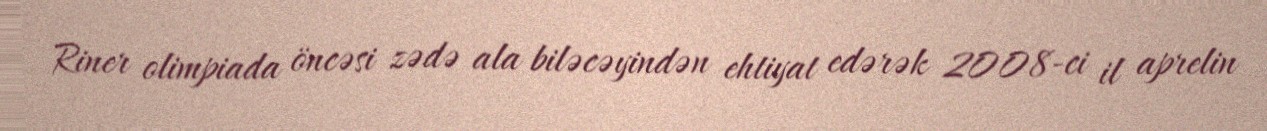
Riner olimpiada öncəsi zədə ala biləcəyindən ehtiyat edərək 2008-ci il aprelin